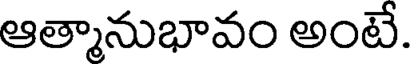
ఆత్మానుభావం అంటే.